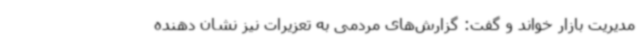
مدیریت بازار خواند و گفت: گزارش‌های مردمی به تعزیرات نیز نشان دهنده